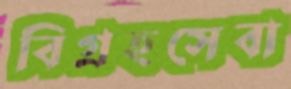
বিগ্রহসেবা